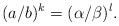
LaTeX: \begin{align*} (a/b)^k=(\alpha/\beta)^l.\end{align*}